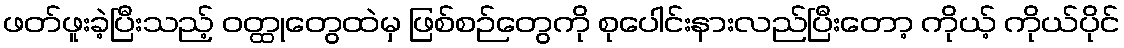
ဖတ်ဖူးခဲ့ပြီးသည့် ဝတ္ထုတွေထဲမှ ဖြစ်စဉ်တွေကို စုပေါင်းနားလည်ပြီးတော့ ကိုယ့် ကိုယ်ပိုင်